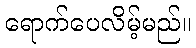
ရောက်ပေလိမ့်မည်။